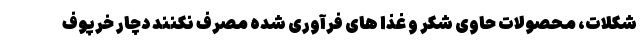
شکلات، محصولات حاوی شکر و غذا های فرآوری شده مصرف نکنند دچار خرپوف